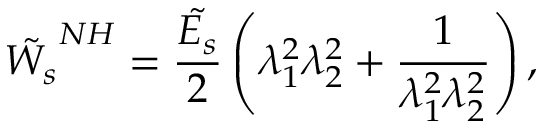
\tilde { W _ { s } } ^ { N H } = \frac { \tilde { E _ { s } } } { 2 } \left( \lambda _ { 1 } ^ { 2 } \lambda _ { 2 } ^ { 2 } + \frac { 1 } { \lambda _ { 1 } ^ { 2 } \lambda _ { 2 } ^ { 2 } } \right) ,